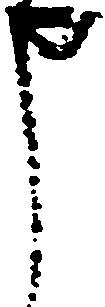
申